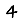
Digit: 4